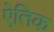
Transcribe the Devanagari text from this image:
ऐतिक